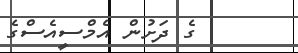
ގެ ދަށުން އެމްސީއެސްގެ